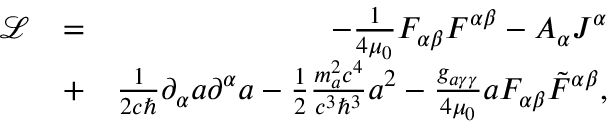
\begin{array} { r l r } { \mathcal L } & { = } & { - \frac { 1 } { 4 \mu _ { 0 } } F _ { \alpha \beta } F ^ { \alpha \beta } - A _ { \alpha } J ^ { \alpha } } \\ & { + } & { \frac { 1 } { 2 c \hbar } \partial _ { \alpha } a \partial ^ { \alpha } a - \frac { 1 } { 2 } \frac { m _ { a } ^ { 2 } c ^ { 4 } } { c ^ { 3 } \hbar ^ { 3 } } a ^ { 2 } - \frac { g _ { a \gamma \gamma } } { 4 \mu _ { 0 } } a F _ { \alpha \beta } \tilde { F } ^ { \alpha \beta } , } \end{array}